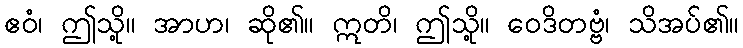
ဧဝံ၊ ဤသို့။ အာဟ၊ ဆို၏။ ဣတိ၊ ဤသို့။ ဝေဒိတဗ္ဗံ၊ သိအပ်၏။